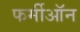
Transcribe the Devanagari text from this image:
फर्मीऑन